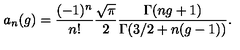
a _ { n } ( g ) = \frac { ( - 1 ) ^ { n } } { n ! } \frac { \sqrt { \pi } } { 2 } \frac { \Gamma ( n g + 1 ) } { \Gamma ( 3 / 2 + n ( g - 1 ) ) } .